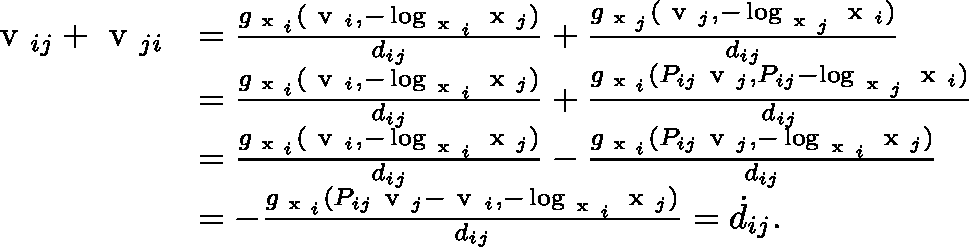
\begin{array} { r l } { { \mathrm { \boldmath ~ v ~ } } _ { i j } + { \mathrm { \boldmath ~ v ~ } } _ { j i } } & { = \frac { g _ { { \scriptsize \mathrm { \boldmath ~ x ~ } _ { i } } } ( \mathrm { \boldmath ~ v ~ } _ { i } , - \log _ { \mathrm { \boldmath ~ x ~ } _ { i } } \mathrm { \boldmath ~ x ~ } _ { j } ) } { d _ { i j } } + \frac { g _ { { \scriptsize \mathrm { \boldmath ~ x ~ } _ { j } } } ( \mathrm { \boldmath ~ v ~ } _ { j } , - \log _ { \mathrm { \boldmath ~ x ~ } _ { j } } \mathrm { \boldmath ~ x ~ } _ { i } ) } { d _ { i j } } } \\ & { = \frac { g _ { { \scriptsize \mathrm { \boldmath ~ x ~ } _ { i } } } ( \mathrm { \boldmath ~ v ~ } _ { i } , - \log _ { \mathrm { \boldmath ~ x ~ } _ { i } } \mathrm { \boldmath ~ x ~ } _ { j } ) } { d _ { i j } } + \frac { g _ { { \scriptsize \mathrm { \boldmath ~ x ~ } _ { i } } } ( P _ { i j } \mathrm { \boldmath ~ v ~ } _ { j } , P _ { i j } - \log _ { \mathrm { \boldmath ~ x ~ } _ { j } } \mathrm { \boldmath ~ x ~ } _ { i } ) } { d _ { i j } } } \\ & { = \frac { g _ { { \scriptsize \mathrm { \boldmath ~ x ~ } _ { i } } } ( \mathrm { \boldmath ~ v ~ } _ { i } , - \log _ { \mathrm { \boldmath ~ x ~ } _ { i } } \mathrm { \boldmath ~ x ~ } _ { j } ) } { d _ { i j } } - \frac { g _ { { \scriptsize \mathrm { \boldmath ~ x ~ } _ { i } } } ( P _ { i j } \mathrm { \boldmath ~ v ~ } _ { j } , - \log _ { \mathrm { \boldmath ~ x ~ } _ { i } } \mathrm { \boldmath ~ x ~ } _ { j } ) } { d _ { i j } } } \\ & { = - \frac { g _ { { \scriptsize \mathrm { \boldmath ~ x ~ } _ { i } } } ( P _ { i j } \mathrm { \boldmath ~ v ~ } _ { j } - \mathrm { \boldmath ~ v ~ } _ { i } , - \log _ { \mathrm { \boldmath ~ x ~ } _ { i } } \mathrm { \boldmath ~ x ~ } _ { j } ) } { d _ { i j } } = \dot { d } _ { i j } . } \end{array}